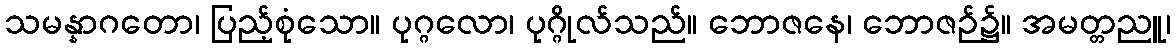
သမန္နာဂတော၊ ပြည့်စုံသော။ ပုဂ္ဂလော၊ ပုဂ္ဂိုလ်သည်။ ဘောဇနေ၊ ဘောဇဉ်၌။ အမတ္တညူ၊